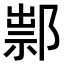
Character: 𨜿